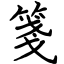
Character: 箋